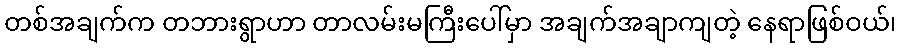
တစ်အချက်က တဘားရွာဟာ တာလမ်းမကြီးပေါ်မှာ အချက်အချာကျတဲ့ နေရာဖြစ်ဝယ်၊